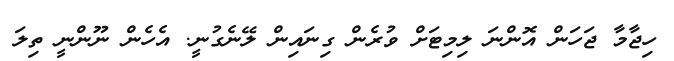
ހިޖާމާ ޖަހަން އޮންނަ ލިމިޓަށް ވުރެން ގިނައިން ލޭނެގުނީ. އެހެން ނޫންނީ ތިލަ